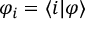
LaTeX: \varphi _ { i } = \langle i | \varphi \rangle